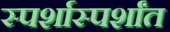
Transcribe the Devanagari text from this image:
स्पर्शास्पर्शांत